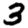
Digit: 3